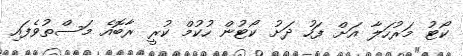
ކޯޓު މަރުހަލާ އަށް ފަހު ދަށު ކޯޓުން ހުކުމް ކުރީ ރާބޮއެ މަސްތުވެފައި